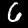
Digit: 6